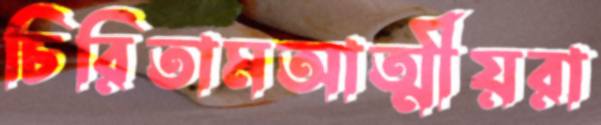
চিরিতামআত্মীয়রা